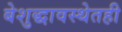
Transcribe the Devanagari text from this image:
बेशुद्धावस्थेतही